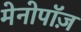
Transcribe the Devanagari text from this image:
मेनोपॉज़